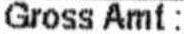
GROSS AMT :